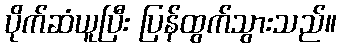
ပိုက်ဆံယူပြီး ပြန်ထွက်သွားသည်။